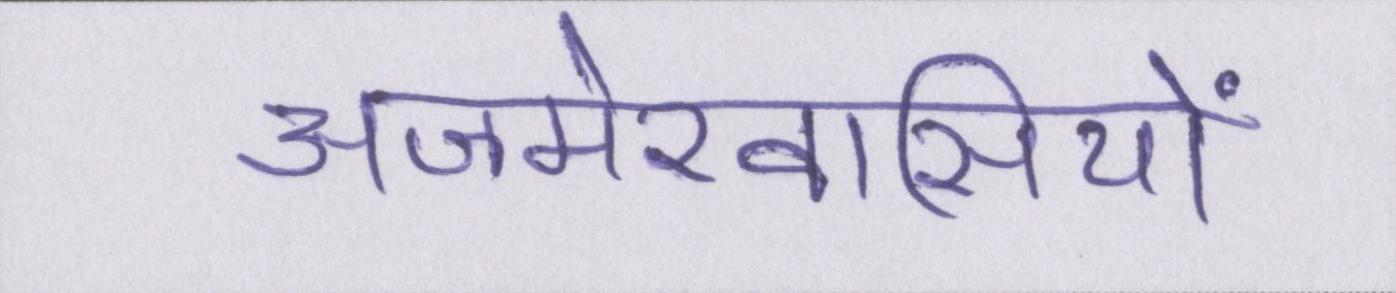
अजमेरवासियों